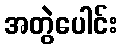
အတွဲပေါင်း